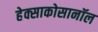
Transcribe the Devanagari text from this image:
हेक्साकोसानॉल